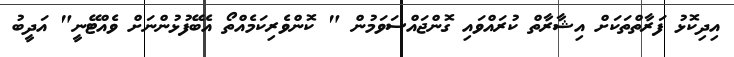
އިދިކޮޅު ފަރާތްތަކަށް އިޝާރާތް ކުރައްވައި ގޮންޖައްސަވަމުން " ކޮންވެރިކަމެއްތޯ އެބޭފުޅުންނަށް ވެއްޓޭނީ" އަދީބު